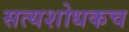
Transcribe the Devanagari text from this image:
सत्यशोधकच